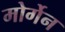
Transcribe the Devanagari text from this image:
मोर्गेन